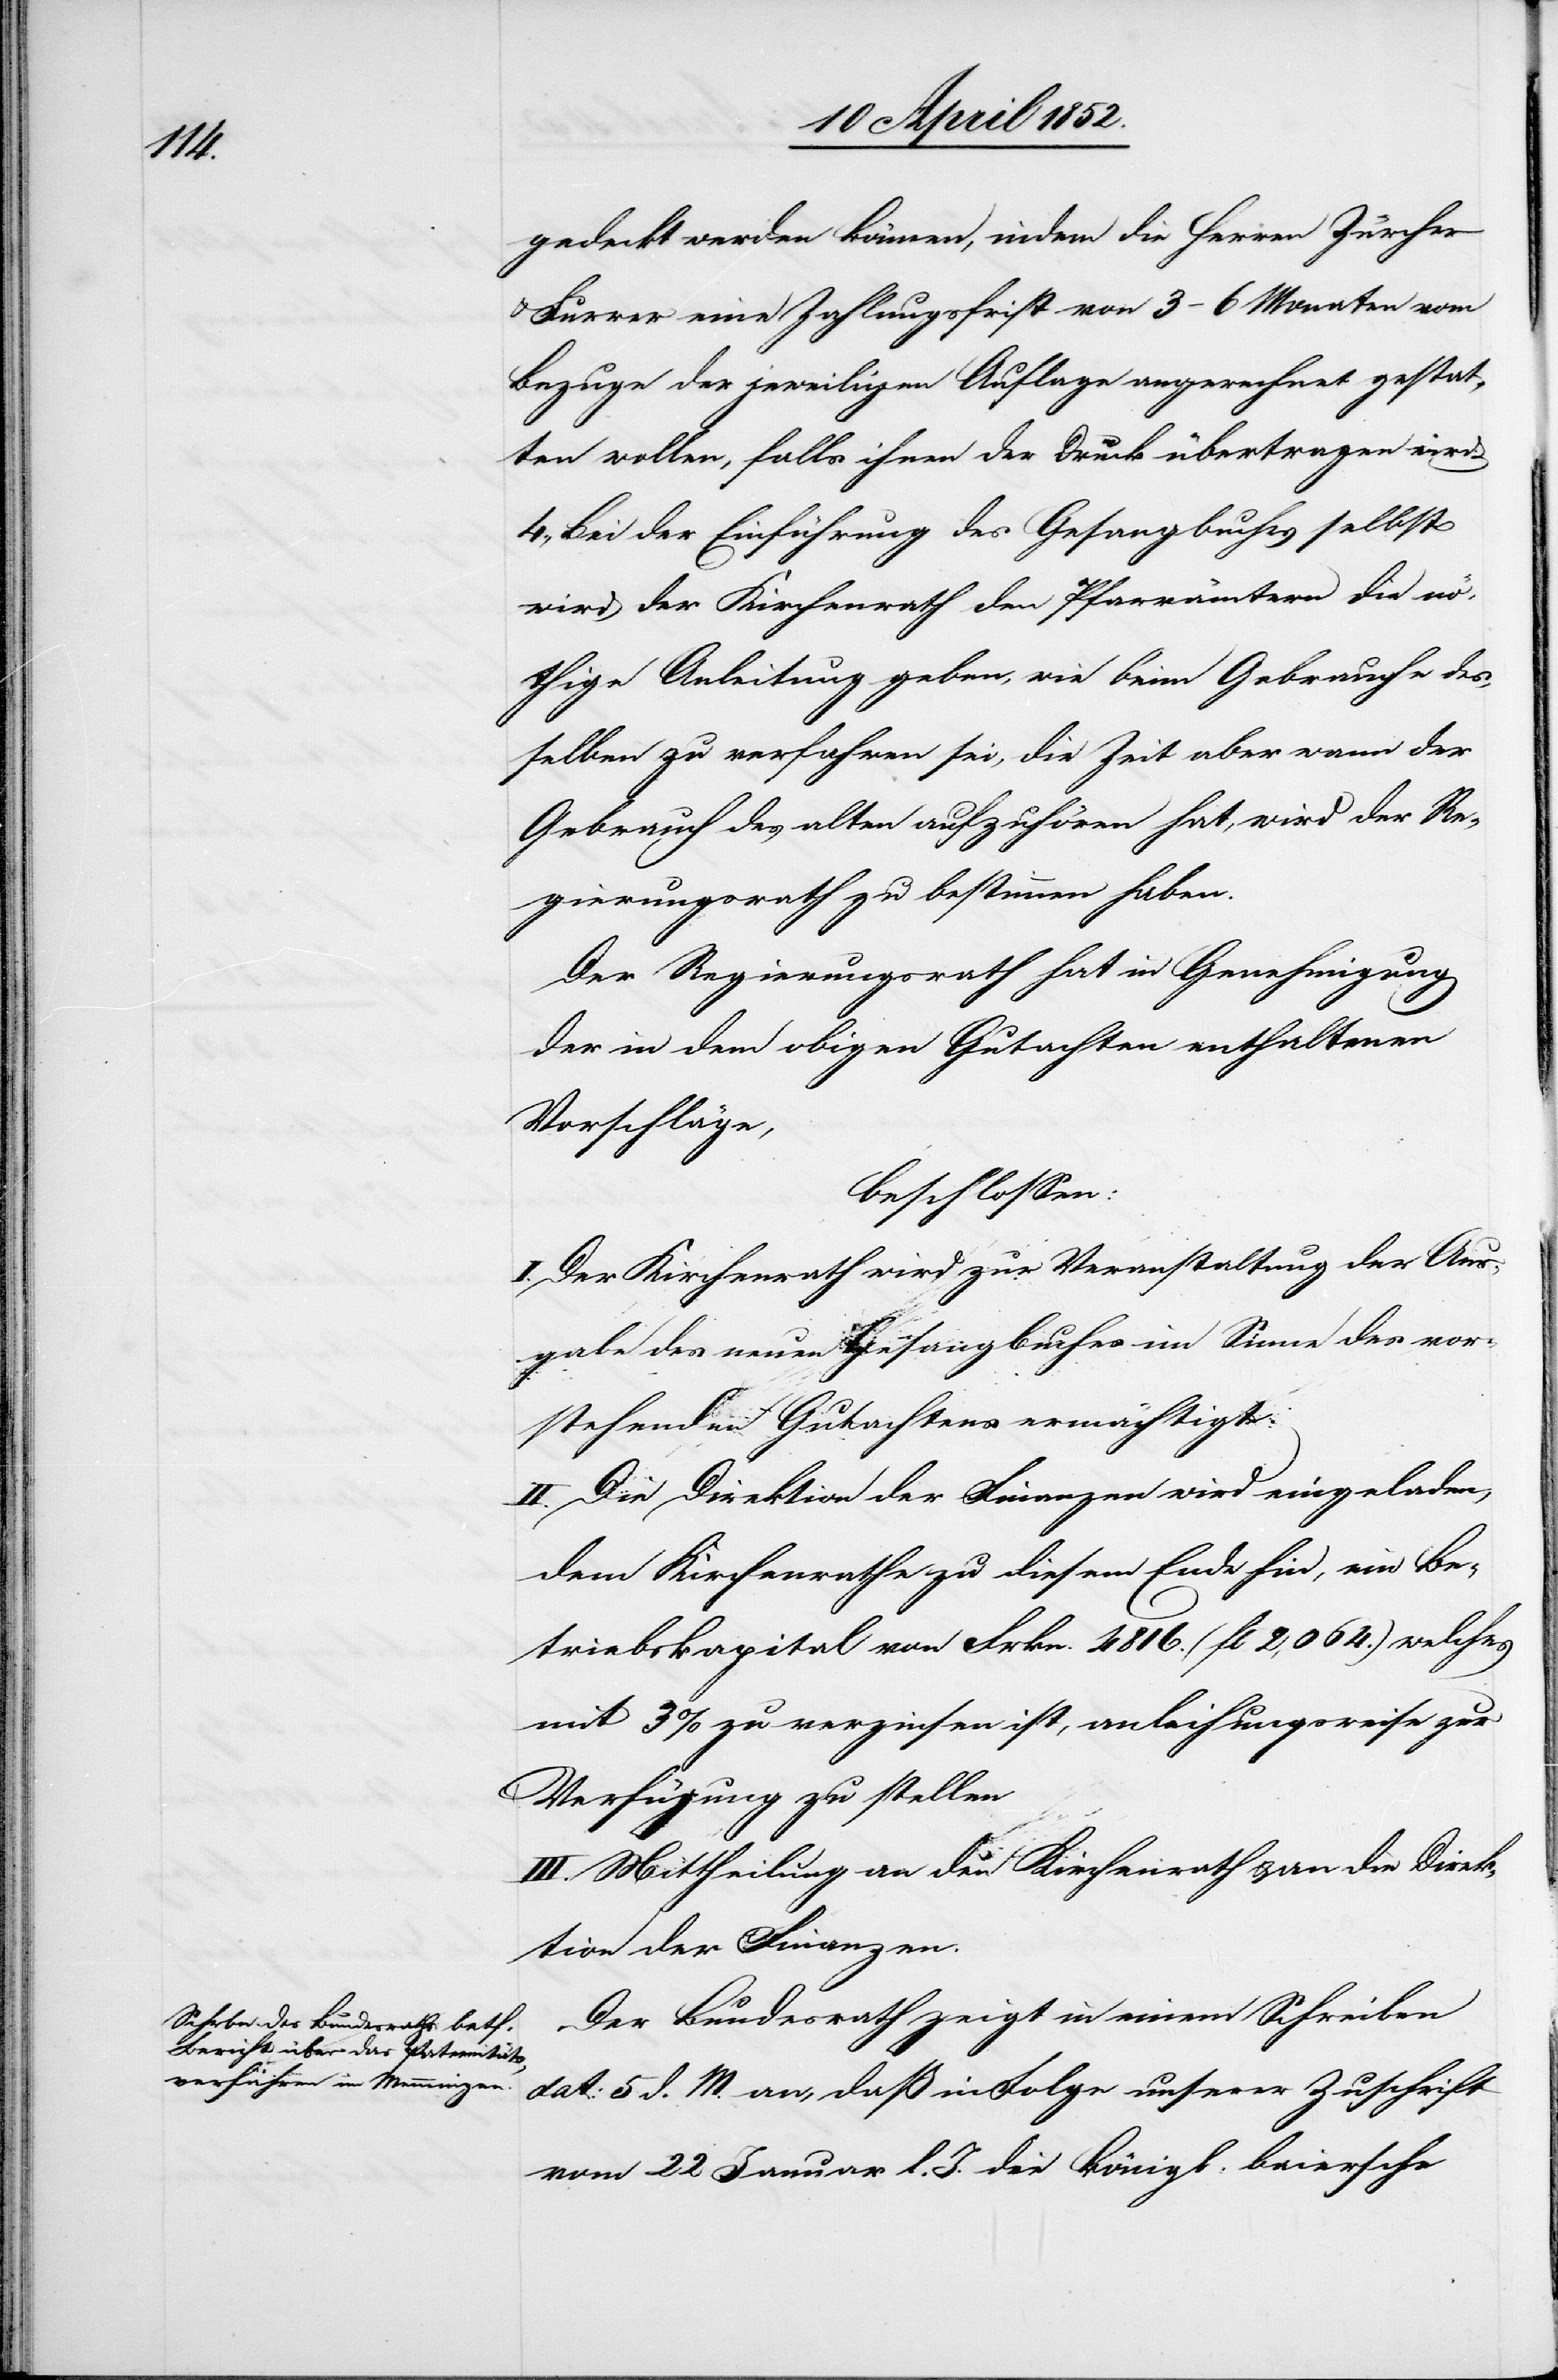
gedeckt werden können, indem die Herren Zürcher
& Furrer eine Zahlungsfrist von 3–6 Monaten vom
Bezuge der jeweiligen Auflage angerechnet gestat¬
ten wollen, falls ihnen der Druck übertragen wird.
4., Bei der Einführung des Gesangbuches selbst
wird der Kirchenrath den Pfarrämtern die nö¬
thige Anleitung geben, wie beim Gebrauche des¬
selben zu verfahren sei, die Zeit aber wann der
Gebrauch des alten aufzuhören hat, wird der Re¬
gierungsrath zu bestimmen haben.
Der Regierungsrath hat in Genehmigung
der in dem obigen Gutachten enthaltenen
Vorschläge,
beschlossen:
I. Der Kirchenrath wird zur Veranstaltung der Aus¬
gabe des neuen Gesangbuches im Sinne des vor¬
stehenden Gutachtens ermächtigt.
II. Die Direktion der Finanzen wird eingeladen,
dem Kirchenrathe zu diesem Ende hin, ein Be¬
triebskapital von Frkn. 4816. (fl 2,064.) welches
mit 3% zu verzinsen ist, anleihungsweise zur
Verfügung zu stellen
III. Mittheilung an den Kirchenrath & an die Direk¬
tion der Finanzen.
Der Bundesrath zeigt in einem Schreiben
dat: 5 d. M. an, daß in Folge unserer Zuschrift
vom 22 Januar l. J. die königl: baiersche